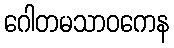
ဂေါတမသာဝကေန